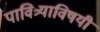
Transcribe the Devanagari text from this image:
पावित्र्याविषयी